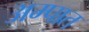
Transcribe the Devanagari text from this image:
अम्पात